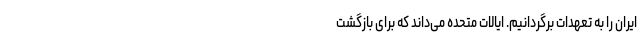
ایران را به تعهدات برگردانیم. ایالات متحده می‌داند که برای بازگشت